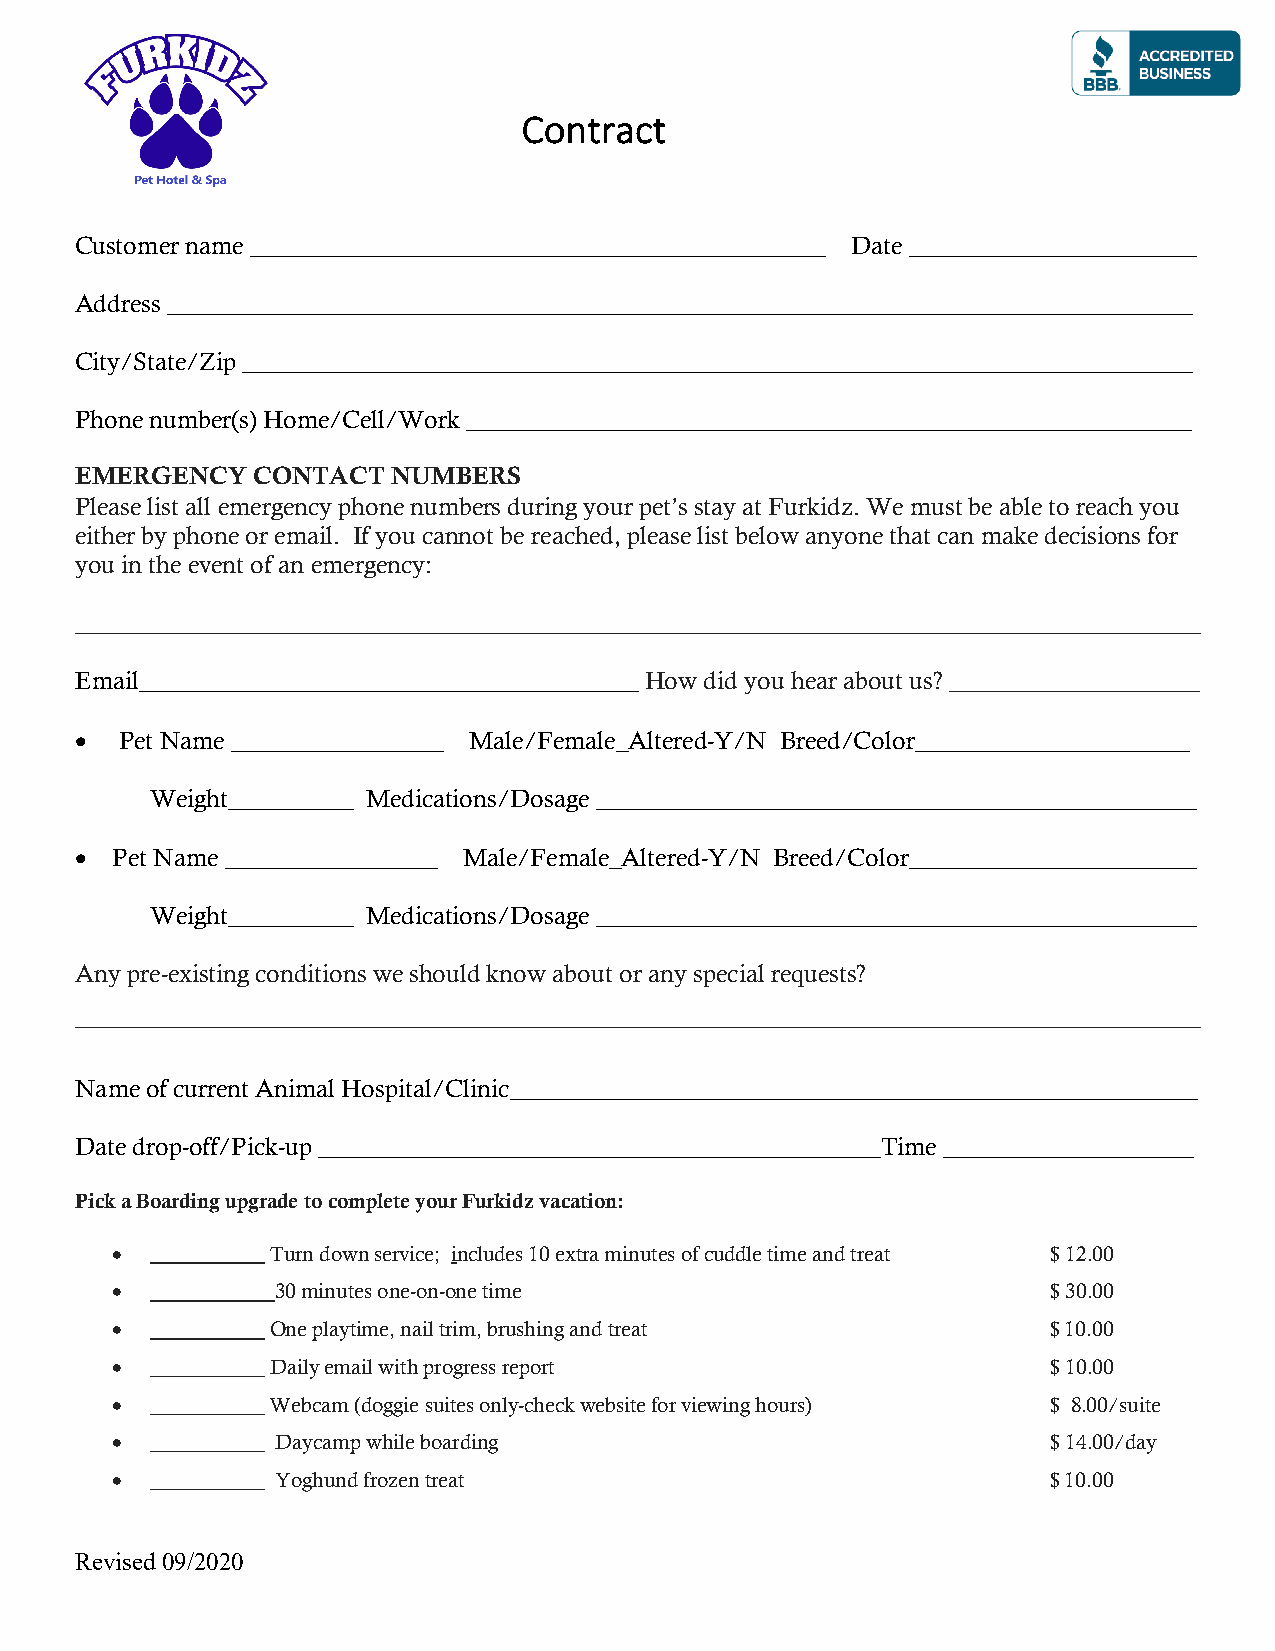
Contract
 Customer name ______________________________________________ Date _______________________
 Address __________________________________________________________________________________
 City/State/Zip ____________________________________________________________________________
 Phone number(s) Home/Cell/Work __________________________________________________________
 EMERGENCY   CONTACT  NUMBERS
 Please list all emergency phone numbers during your pet’s stay at Furkidz. We must be able to reach you
 either by phone or email. If you cannot be reached, please list below anyone that can make decisions for
 you in the event of an emergency:
 __________________________________________________________________________________________
 Email________________________________________ How did you hear about us? ____________________
 •  Pet Name _________________ Male/Female_Altered-Y/N Breed/Color______________________
 Weight__________ Medications/Dosage ________________________________________________
 • Pet Name _________________ Male/Female_Altered-Y/N Breed/Color_______________________
 Weight__________ Medications/Dosage ________________________________________________
 Any pre-existing conditions we should know about or any special requests?
 __________________________________________________________________________________________
 Name of current Animal Hospital/Clinic_______________________________________________________
 Date drop-off/Pick-up _____________________________________________Time ____________________
 Pick a Boarding upgrade to complete your Furkidz vacation:
 •  ___________ Turn down service; includes 10 extra minutes of cuddle time and treat $ 12.00
 •  ___________ 30 minutes one-on-one time                      $ 30.00
 •  ___________ One playtime, nail trim, brushing and treat     $ 10.00
 •  ___________ Daily email with progress report                $ 10.00
 •  ___________ Webcam (doggie suites only-check website for viewing hours) $ 8.00/suite
 •  ___________ Daycamp while boarding                          $ 14.00/day
 •  ___________ Yoghund frozen treat                            $ 10.00
 Revised 09/2020